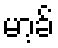
မာ့ခ်